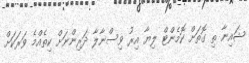
ޝައިނާ ތި ގޮތަށް ކޮމެންޓް ލިޔާ އިރު ވިސްނާލާ ދަރިންނަށް ކިތެއްމެ ވަރަކަށް